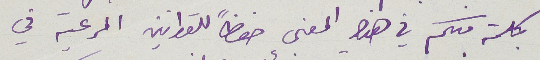
بكلمة منكم في هذا المعنى حفظاً للقوانين المرعية في